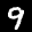
Label: 9